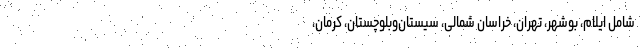
شامل ایلام، بوشهر، تهران، خراسان شمالی، سیستان‌وبلوچستان، کرمان،